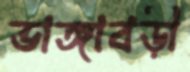
ভাঙ্গাবড়ী